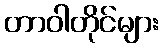
တာဝါတိုင်များ